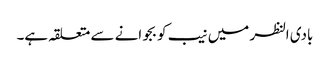
بادی النظر میں نیب کو بجوانے سے متعلقہ ہے۔